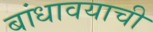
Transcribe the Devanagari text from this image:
बांधावयाची